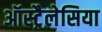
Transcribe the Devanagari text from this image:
ऑस्ट्रैलेसिया